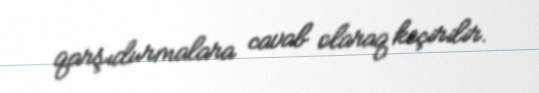
qarşıdurmalara cavab olaraq keçirilir.